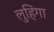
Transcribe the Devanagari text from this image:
लुहिंगा